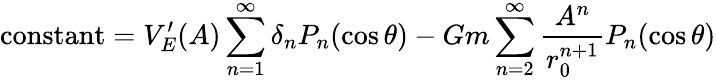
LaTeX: {\mathrm{constant}}=V_{E}^{\prime}(A)\sum_{n=1}^{\infty}\delta_{n}P_{n}(\cos\theta)-Gm\sum_{n=2}^{\infty}{\frac{A^{n}}{r_{0}^{n+1}}}P_{n}(\cos\theta)